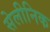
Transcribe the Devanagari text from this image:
सेलीनिक